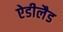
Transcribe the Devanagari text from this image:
ऐडीलैड